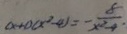
( x + 1 ) ( x ^ { 2 } - 4 ) = - \frac { 8 } { x ^ { 2 } - 4 }